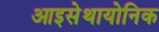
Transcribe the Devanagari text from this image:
आइसेथायोनिक